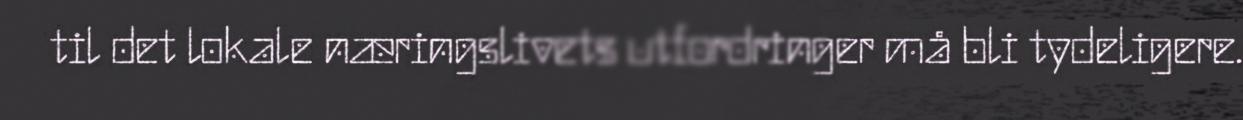
til det lokale næringslivets utfordringer må bli tydeligere.